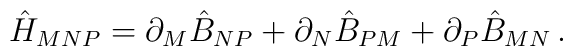
\hat{H}_{MNP}=\partial _{M}\hat{B}_{NP}+\partial _{N}\hat{B}_{PM}+\partial_{P}\hat{B}_{MN}\,.